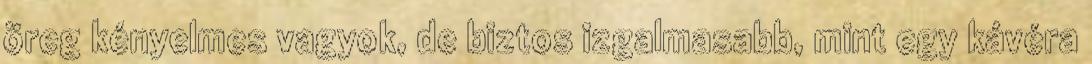
öreg kényelmes vagyok, de biztos izgalmasabb, mint egy kávéra